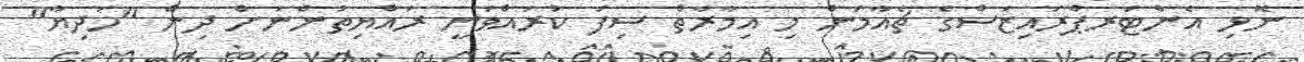
ނޮޅި އެންޓަރޕްރައިޒަސްގެ ޗެއާމަން މި އިމާރާތް ސިފަ ކުރައްވަނީ ރައްޔިތުންނަށް ދިން "ހަދިޔާ"